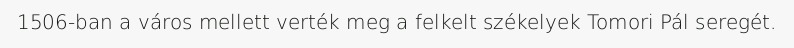
1506-ban a város mellett verték meg a felkelt székelyek Tomori Pál seregét.